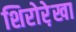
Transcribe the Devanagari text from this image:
शिरोरे़खा